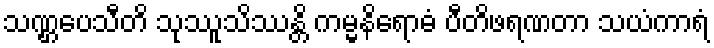
သဏ္ဌပေသီတိ သုဿူသိဿန္တိ ကမ္မနိရောဓံ ပီတိဖရဏတာ သယံကာရံ